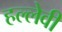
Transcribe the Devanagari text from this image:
हल्लेवी